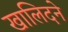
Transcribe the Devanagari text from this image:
खालिदने